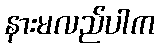
နားမလည်ပါက